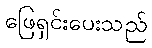
ဖြေရှင်းပေးသည်